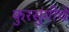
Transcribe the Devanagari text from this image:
फुरसुंगीचे